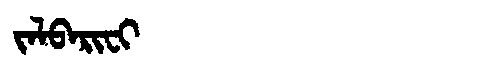
Manchu: ᠵᠠᠯᠪᠠᡵᡳᠸᡳ
Romanization: JALBARIFI